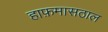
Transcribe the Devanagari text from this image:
हाफ़मासठाल